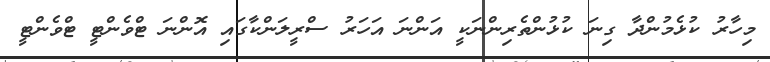
މިހާރު ކުޅެމުންދާ ގިނަ ކުޅުންތެރިންނަކީ އަންނަ އަހަރު ސްރީލަންކާގައި އޮންނަ ޓްވެންޓީ ޓްވެންޓީ